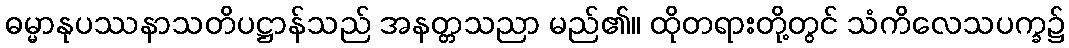
ဓမ္မာနုပဿနာသတိပဋ္ဌာန်သည် အနတ္တသညာ မည်၏။ ထိုတရားတို့တွင် သံကိလေသပက္ခ၌